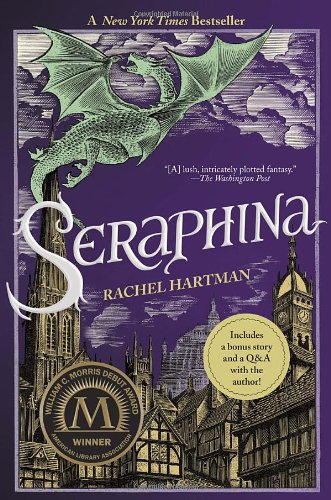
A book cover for Seraphina; Rachel Hartman; Teen & Young Adult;